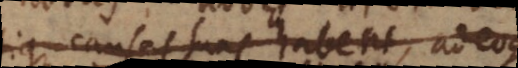
utique causas suas habent, adeoque